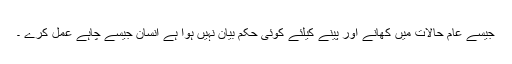
جیسے عام حالات میں کھانے اور پینے کیلئے کوئی حکم بیان نہیں ہوا ہے انسان جیسے چاہے عمل کرے ۔